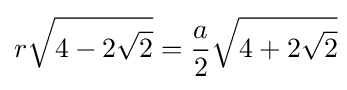
r{\sqrt {4-2{\sqrt {2}}}}={\frac {a}{2}}{\sqrt {4+2{\sqrt {2}}}}\!